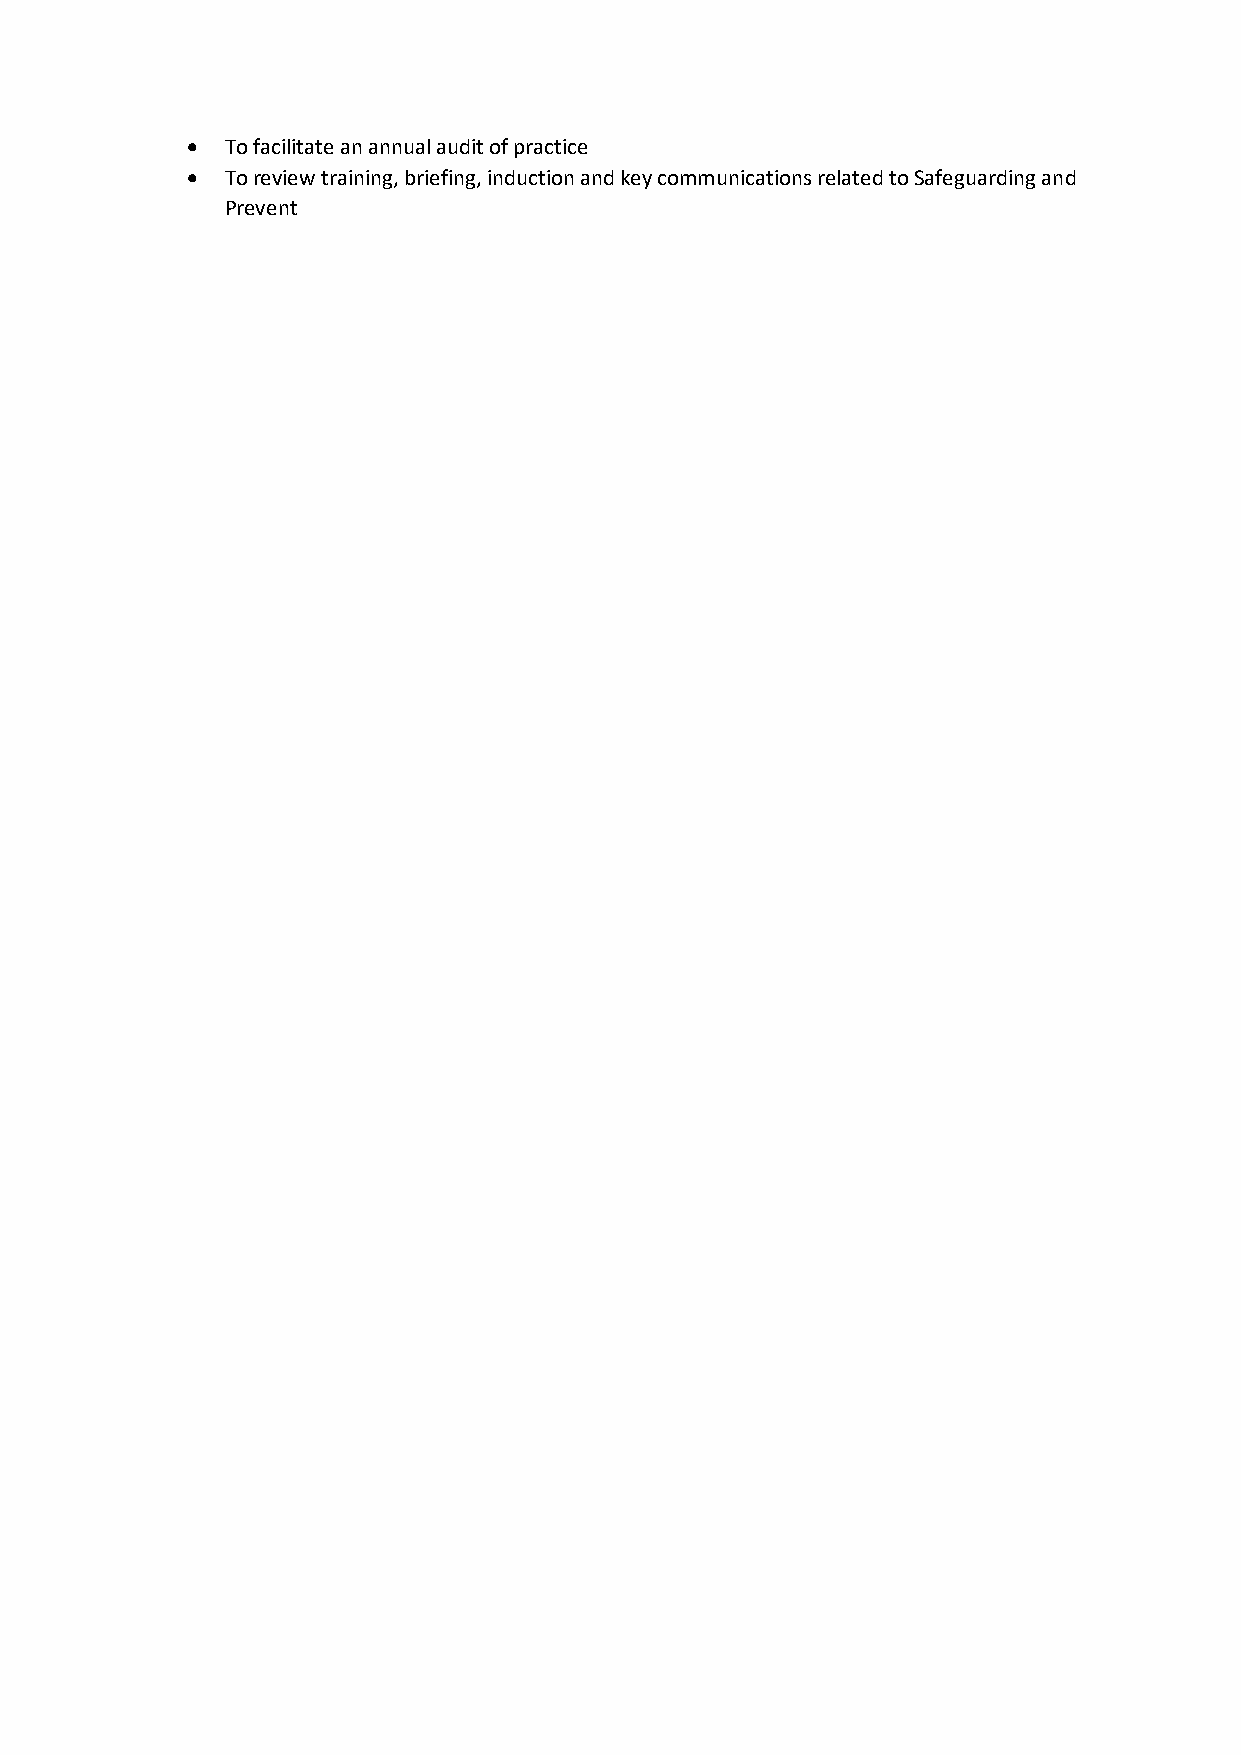
•  To facilitate an annual audit of practice
 •  To review training, briefing, induction and key communications related to Safeguarding and
 Prevent